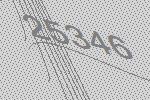
25346